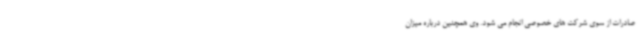
صادرات از سوی شرکت های خصوصی انجام می شود. وی همچنین درباره میزان